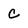
Character: c